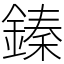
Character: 𨪦